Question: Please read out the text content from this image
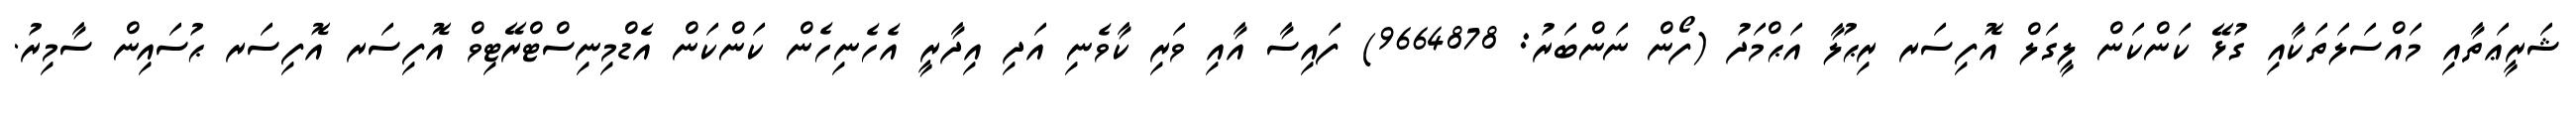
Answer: ޝަރީޢަތާއި މައްސަލަތަކާއި ގުޅޭ ކަންކަން ލީގަލް އޮފިސަރ ރިޙުލާ އަޙްމަދު (ފޯން ނަންބަރު: 9664878) ފައިސާ އާއި ވަރި ކާވެނި އަދި އިދާރީ އެހެނިހެން ކަންކަން އެޑްމިނިސްޓްރޭޓިވް އޮފިސަރ އޮފިސަރ ޙުސައިން ސާމިރު.